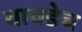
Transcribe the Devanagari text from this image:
वावडेच